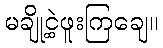
မချို့ငဲ့ဖူးကြချေ။